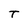
Character: T